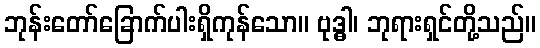
ဘုန်းတော်ခြောက်ပါးရှိကုန်သော။ ဗုဒ္ဓါ၊ ဘုရားရှင်တို့သည်။